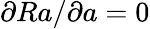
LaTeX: \partial Ra/\partial a=0